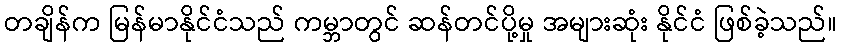
တချိန်က မြန်မာနိုင်ငံသည် ကမ္ဘာတွင် ဆန်တင်ပို့မှု အများဆုံး နိုင်ငံ ဖြစ်ခဲ့သည်။